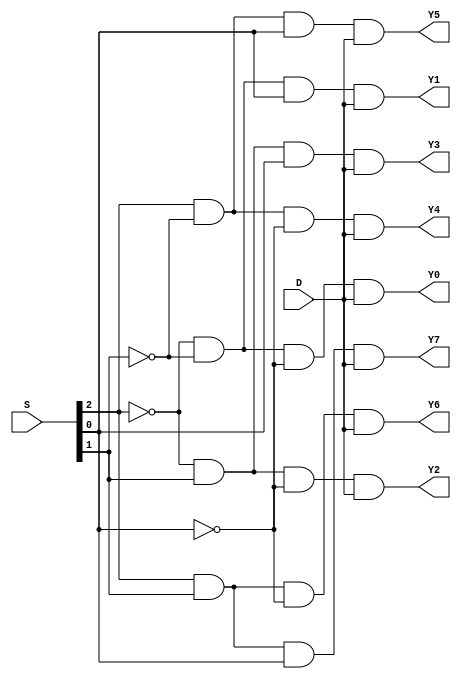
module dem(input D, input [2:0]S,output Y0,Y1,Y2,Y3,Y4,Y5,Y6,Y7);
wire sbar0, sbar1, sbar2;
not n0 (sbar0, S[0]);
not n1 (sbar1, S[1]);
not n2 (sbar2, S[2]);
and a0 (Y0, sbar2, sbar1, sbar0, D );
and a1 (Y1, sbar2, sbar1, S[0], D );
and a2 (Y2, sbar2, S[1], sbar0, D );
and a3 (Y3, sbar2, S[1], S[0], D );
and a4 (Y4, S[2], sbar1, sbar0, D );
and a5 (Y5, S[2], sbar1, S[0], D );
and a6 (Y6, S[2], S[1], sbar0, D );
and a7 (Y7, S[2], S[1], S[0], D );
endmodule